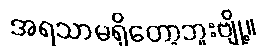
အရသာမရှိတော့ဘူးဗျို့။